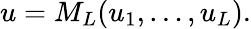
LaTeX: u=M_{L}(u_{1},\dots,u_{L}).